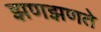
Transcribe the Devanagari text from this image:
झणझणते